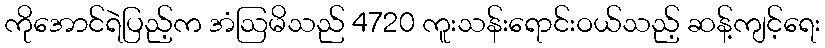
ကိုအောင်ရဲပြည့်က အံဩမိသည် 4720 ကူးသန်းရောင်းဝယ်သည့် ဆန့်ကျင့်ရေး